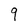
Character: 9